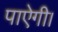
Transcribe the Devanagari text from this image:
पाऐगी।